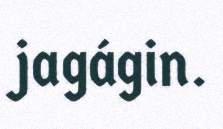
jagágin.